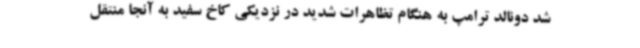
شد دونالد ترامپ به هنگام تظاهرات شدید در نزدیکی کاخ سفید به آنجا منتقل